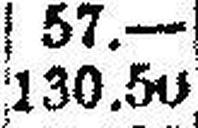
130.50